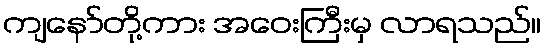
ကျနော်တို့ကား အဝေးကြီးမှ လာရသည်။